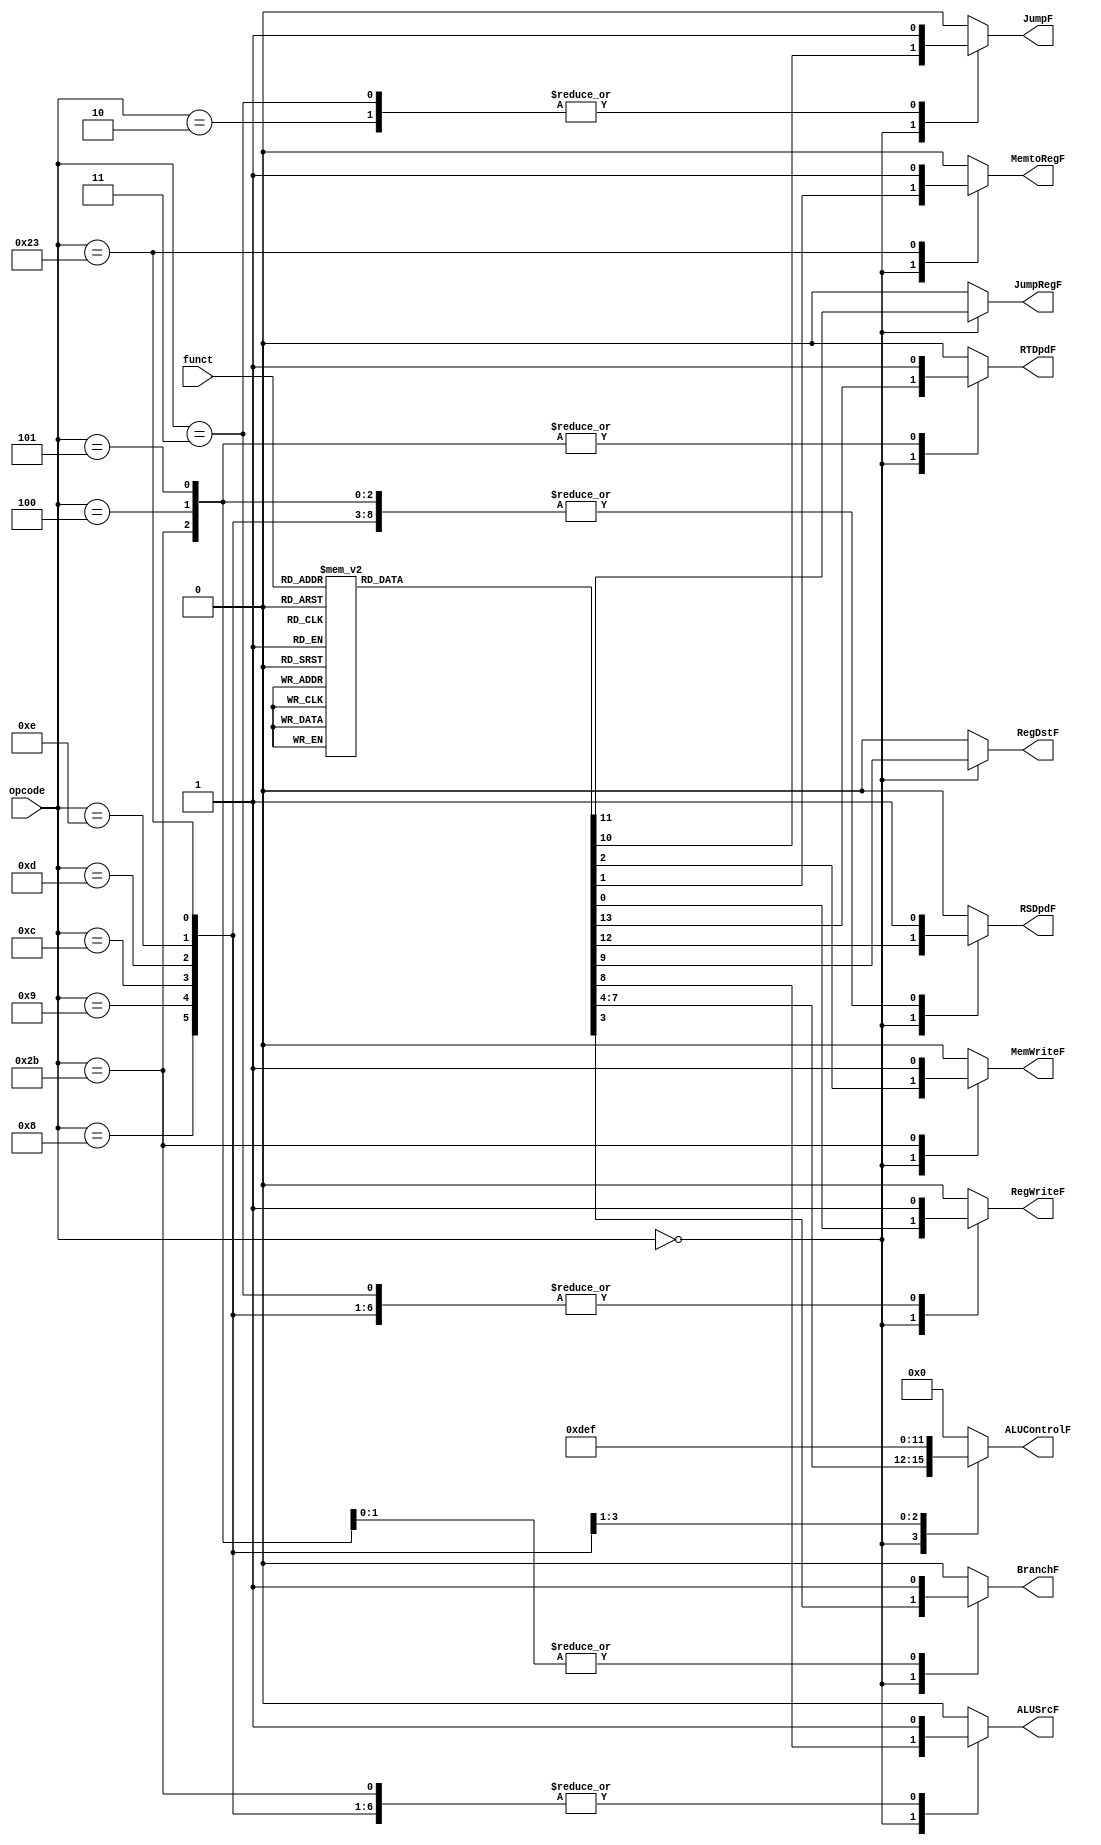
module controlUnit 
    (
    //input
      input[5:0] opcode
    , input[5:0] funct
    //output
    , output reg RegWriteF
    , output reg MemtoRegF
    , output reg MemWriteF
    , output reg JumpF//for 3 kinds of jump
    , output reg JumpRegF //0 for jal&j; 1 for jr
    , output reg BranchF
    , output reg[3:0] ALUControlF
    , output reg ALUSrcF
    , output reg RegDstF
    , output reg RSDpdF
    , output reg RTDpdF
    );

always @(*) begin
    RegWriteF = 1'b0;
    MemtoRegF = 1'b0;
    MemWriteF = 1'b0;
    BranchF = 1'b0;
    ALUControlF = 4'b0000;
    ALUSrcF = 1'b0;
    RegDstF = 1'b0;
    JumpF = 1'b0;
    JumpRegF = 1'b0;
    RSDpdF = 1'b0;
    RTDpdF = 1'b0;
    case (opcode)
        6'b000000: begin
            case (funct)
                //add
                6'b100000: begin
                    RegWriteF = 1'b1;
                    MemtoRegF = 1'b0;
                    MemWriteF = 1'b0;
                    BranchF = 1'b0;
                    ALUControlF = 4'b0000;
                    ALUSrcF = 1'b0;
                    RegDstF = 1'b1;
                    JumpF = 1'b0;
                    JumpRegF = 1'b0;
                    RSDpdF = 1'b1;
                    RTDpdF = 1'b1;
                end
                //addu
                6'b100001: begin
                    RegWriteF = 1'b1;
                    MemtoRegF = 1'b0;
                    MemWriteF = 1'b0;
                    BranchF = 1'b0;
                    ALUControlF = 4'b0000;
                    ALUSrcF = 1'b0;
                    RegDstF = 1'b1;
                    JumpF = 1'b0;
                    JumpRegF = 1'b0;
                    RSDpdF = 1'b1;
                    RTDpdF = 1'b1;
                end
                //sub
                6'b100010: begin
                    RegWriteF = 1'b1;
                    MemtoRegF = 1'b0;
                    MemWriteF = 1'b0;
                    BranchF = 1'b0;
                    ALUControlF = 4'b0001;
                    ALUSrcF = 1'b0;
                    RegDstF = 1'b1;
                    JumpF = 1'b0;
                    JumpRegF = 1'b0;
                    RSDpdF = 1'b1;
                    RTDpdF = 1'b1;
                end
                //subu
                6'b100011: begin
                    RegWriteF = 1'b1;
                    MemtoRegF = 1'b0;
                    MemWriteF = 1'b0;
                    BranchF = 1'b0;
                    ALUControlF = 4'b0001;
                    ALUSrcF = 1'b0;
                    RegDstF = 1'b1;
                    JumpF = 1'b0;
                    JumpRegF = 1'b0;
                    RSDpdF = 1'b1;
                    RTDpdF = 1'b1;
                end
                //and
                6'b100100: begin
                    RegWriteF = 1'b1;
                    MemtoRegF = 1'b0;
                    MemWriteF = 1'b0;
                    BranchF = 1'b0;
                    ALUControlF = 4'b0010;
                    ALUSrcF = 1'b0;
                    RegDstF = 1'b1;
                    JumpF = 1'b0;
                    JumpRegF = 1'b0;
                    RSDpdF = 1'b1;
                    RTDpdF = 1'b1;
                end
                //nor
                6'b100111: begin
                    RegWriteF = 1'b1;
                    MemtoRegF = 1'b0;
                    MemWriteF = 1'b0;
                    BranchF = 1'b0;
                    ALUControlF = 4'b1001;
                    ALUSrcF = 1'b0;
                    RegDstF = 1'b1;
                    JumpF = 1'b0;
                    JumpRegF = 1'b0;
                    RSDpdF = 1'b1;
                    RTDpdF = 1'b1;
                end
                //or
                6'b100101: begin
                    RegWriteF = 1'b1;
                    MemtoRegF = 1'b0;
                    MemWriteF = 1'b0;
                    BranchF = 1'b0;
                    ALUControlF = 4'b0011;
                    ALUSrcF = 1'b0;
                    RegDstF = 1'b1;
                    JumpF = 1'b0;
                    JumpRegF = 1'b0;
                    RSDpdF = 1'b1;
                    RTDpdF = 1'b1;
                end
                //xor
                6'b100110: begin
                    RegWriteF = 1'b1;
                    MemtoRegF = 1'b0;
                    MemWriteF = 1'b0;
                    BranchF = 1'b0;
                    ALUControlF = 4'b0111;
                    ALUSrcF = 1'b0;
                    RegDstF = 1'b1;
                    JumpF = 1'b0;
                    JumpRegF = 1'b0;
                    RSDpdF = 1'b1;
                    RTDpdF = 1'b1;
                end
                //sll
                6'b000000: begin
                    RegWriteF = 1'b1;
                    MemtoRegF = 1'b0;
                    MemWriteF = 1'b0;
                    BranchF = 1'b0;
                    ALUControlF = 4'b0100;
                    ALUSrcF = 1'b0;
                    RegDstF = 1'b1;
                    JumpF = 1'b0;
                    JumpRegF = 1'b0;
                    RSDpdF = 1'b0;
                    RTDpdF = 1'b1;
                end
                //sllv
                6'b000100: begin
                    RegWriteF = 1'b1;
                    MemtoRegF = 1'b0;
                    MemWriteF = 1'b0;
                    BranchF = 1'b0;
                    ALUControlF = 4'b1010;
                    ALUSrcF = 1'b0;
                    RegDstF = 1'b1;
                    JumpF = 1'b0;
                    JumpRegF = 1'b0;
                    RSDpdF = 1'b1;
                    RTDpdF = 1'b1;
                end
                //srl
                6'b000010: begin
                    RegWriteF = 1'b1;
                    MemtoRegF = 1'b0;
                    MemWriteF = 1'b0;
                    BranchF = 1'b0;
                    ALUControlF = 4'b0101;
                    ALUSrcF = 1'b0;
                    RegDstF = 1'b1;
                    JumpF = 1'b0;
                    JumpRegF = 1'b0;
                    RSDpdF = 1'b0;
                    RTDpdF = 1'b1;
                end
                //srlv
                6'b000110: begin
                    RegWriteF = 1'b1;
                    MemtoRegF = 1'b0;
                    MemWriteF = 1'b0;
                    BranchF = 1'b0;
                    ALUControlF = 4'b1011;
                    ALUSrcF = 1'b0;
                    RegDstF = 1'b1;
                    JumpF = 1'b0;
                    JumpRegF = 1'b0;
                    RSDpdF = 1'b1;
                    RTDpdF = 1'b1;
                end
                //sra
                6'b000011: begin
                    RegWriteF = 1'b1;
                    MemtoRegF = 1'b0;
                    MemWriteF = 1'b0;
                    BranchF = 1'b0;
                    ALUControlF = 4'b0110;
                    ALUSrcF = 1'b0;
                    RegDstF = 1'b1;
                    JumpF = 1'b0;
                    JumpRegF = 1'b0;
                    RSDpdF = 1'b0;
                    RTDpdF = 1'b1;
                end
                //srav
                6'b000111: begin
                    RegWriteF = 1'b1;
                    MemtoRegF = 1'b0;
                    MemWriteF = 1'b0;
                    BranchF = 1'b0;
                    ALUControlF = 4'b1100;
                    ALUSrcF = 1'b0;
                    RegDstF = 1'b1;
                    JumpF = 1'b0;
                    JumpRegF = 1'b0;
                    RSDpdF = 1'b1;
                    RTDpdF = 1'b1;
                end
                //slt
                6'b101010: begin
                    RegWriteF = 1'b1;
                    MemtoRegF = 1'b0;
                    MemWriteF = 1'b0;
                    BranchF = 1'b0;
                    ALUControlF = 4'b1000;
                    ALUSrcF = 1'b0;
                    RegDstF = 1'b1;
                    JumpF = 1'b0;
                    JumpRegF = 1'b0;
                    RSDpdF = 1'b1;
                    RTDpdF = 1'b1;
                end
                //jr
                6'b001000: begin
                    RegWriteF = 1'b0;
                    MemtoRegF = 1'b0;
                    MemWriteF = 1'b0;
                    BranchF = 1'b0;
                    ALUControlF = 4'b0000;
                    ALUSrcF = 1'b0;
                    RegDstF = 1'b0;
                    JumpF = 1'b1;
                    JumpRegF = 1'b1;
                    RSDpdF = 1'b1;
                    RTDpdF = 1'b0;
                end
            endcase
        end
        //lw
        6'b100011: begin
            RegWriteF = 1'b1;
            MemtoRegF = 1'b1;
            MemWriteF = 1'b0;
            BranchF = 1'b0;
            ALUControlF = 4'b0000;
            ALUSrcF = 1'b1;
            RegDstF = 1'b0;
            JumpF = 1'b0;
            JumpRegF = 1'b0;
            RSDpdF = 1'b1;
            RTDpdF = 1'b0;
        end
        //sw
        6'b101011: begin
            RegWriteF = 1'b0;
            MemtoRegF = 1'b0;
            MemWriteF = 1'b1;
            BranchF = 1'b0;
            ALUControlF = 4'b0000;
            ALUSrcF = 1'b1;
            RegDstF = 1'b0;
            JumpF = 1'b0;  
            JumpRegF = 1'b0;
            RSDpdF = 1'b1;
            RTDpdF = 1'b1;          
        end
        //addi
        6'b001000: begin
            RegWriteF = 1'b1;
            MemtoRegF = 1'b0;
            MemWriteF = 1'b0;
            BranchF = 1'b0;
            ALUControlF = 4'b0000;
            ALUSrcF = 1'b1;
            RegDstF = 1'b0; 
            JumpF = 1'b0; 
            JumpRegF = 1'b0; 
            RSDpdF = 1'b1;
            RTDpdF = 1'b0;         
        end
        //addiu
        6'b001001: begin
            RegWriteF = 1'b1;
            MemtoRegF = 1'b0;
            MemWriteF = 1'b0;
            BranchF = 1'b0;
            ALUControlF = 4'b0000;
            ALUSrcF = 1'b1;
            RegDstF = 1'b0;
            JumpF = 1'b0;  
            JumpRegF = 1'b0;    
            RSDpdF = 1'b1;
            RTDpdF = 1'b0;      
        end
        //andi
        6'b001100: begin
            RegWriteF = 1'b1;
            MemtoRegF = 1'b0;
            MemWriteF = 1'b0;
            BranchF = 1'b0;
            ALUControlF = 4'b1101;
            ALUSrcF = 1'b1;
            RegDstF = 1'b0;  
            JumpF = 1'b0;   
            JumpRegF = 1'b0;    
            RSDpdF = 1'b1;
            RTDpdF = 1'b0;   
        end
        //ori
        6'b001101: begin
            RegWriteF = 1'b1;
            MemtoRegF = 1'b0;
            MemWriteF = 1'b0;
            BranchF = 1'b0;
            ALUControlF = 4'b1110;
            ALUSrcF = 1'b1;
            RegDstF = 1'b0; 
            JumpF = 1'b0;  
            JumpRegF = 1'b0;   
            RSDpdF = 1'b1;
            RTDpdF = 1'b0;      
        end
        //xori
        6'b001110: begin
            RegWriteF = 1'b1;
            MemtoRegF = 1'b0;
            MemWriteF = 1'b0;
            BranchF = 1'b0;
            ALUControlF = 4'b1111;
            ALUSrcF = 1'b1;
            RegDstF = 1'b0;  
            JumpF = 1'b0;  
            JumpRegF = 1'b0;   
            RSDpdF = 1'b1;
            RTDpdF = 1'b0;     
        end
        //beq
        6'b000100: begin
            RegWriteF = 1'b0;
            MemtoRegF = 1'b0;
            MemWriteF = 1'b0;
            BranchF = 1'b1;
            ALUControlF = 4'b0000;
            ALUSrcF = 1'b0;
            RegDstF = 1'b0;    
            JumpF = 1'b0;    
            JumpRegF = 1'b0;    
            RSDpdF = 1'b1;
            RTDpdF = 1'b1;
        end
        //bne
        6'b000101: begin
            RegWriteF = 1'b0;
            MemtoRegF = 1'b0;
            MemWriteF = 1'b0;
            BranchF = 1'b1;
            ALUControlF = 4'b0000;
            ALUSrcF = 1'b0;
            RegDstF = 1'b0;  
            JumpF = 1'b0;   
            JumpRegF = 1'b0;   
            RSDpdF = 1'b1;
            RTDpdF = 1'b1;    
        end
        //jump
        6'b000010: begin
            RegWriteF = 1'b0;
            MemtoRegF = 1'b0;
            MemWriteF = 1'b0;
            BranchF = 1'b0;
            ALUControlF = 4'b0000;
            ALUSrcF = 1'b0;
            RegDstF = 1'b0;  
            JumpF = 1'b1;
            JumpRegF = 1'b0;
            RSDpdF = 1'b0;
            RTDpdF = 1'b0;
        end
        //jal
        6'b000011: begin
            RegWriteF = 1'b1;
            MemtoRegF = 1'b0;
            MemWriteF = 1'b0;
            BranchF = 1'b0;
            ALUControlF = 4'b0000;
            ALUSrcF = 1'b0;
            RegDstF = 1'b0;  
            JumpF = 1'b1;
            JumpRegF = 1'b0;
            RSDpdF = 1'b0;
            RTDpdF = 1'b0;
        end
    endcase
end
    
endmodule